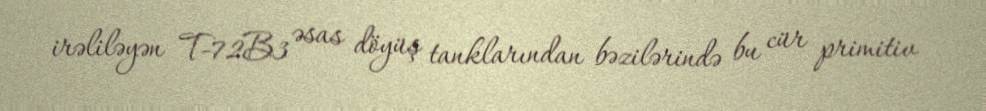
irəliləyən T-72B3 əsas döyüş tanklarından bəzilərində bu cür primitiv